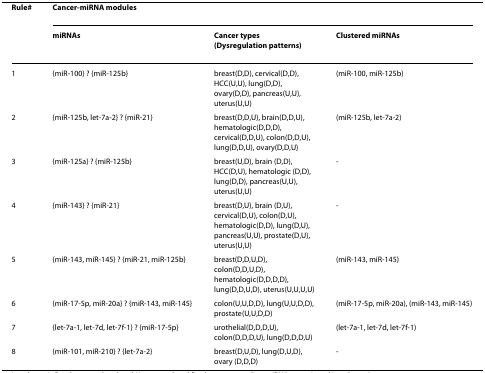
| Rule# | <COLSPAN=3> Cancer-miRNA modules |
 |  | miRNAs | Cancer types (Dysregulation patterns) | Clustered miRNAs |
 | --- | --- | --- | --- |
 | 1 | {miR-100} → {miR-125b} | breast(D,D), cervical(D,D), HCC(U,U), lung(D,D), ovary(D,D), pancreas(U,U), uterus(U,U) | (miR-100, miR-125b) |
 | 2 | {miR-125b, let-7a-2} → {miR-21} | breast(D,D,U), brain(D,D,U), hematologic(D,D,D), cervical(D,D,U), colon(D,D,U), lung(D,D,U), ovary(D,D,U) | (miR-125b, let-7a-2) |
 | 3 | {miR-125a} → {miR-125b} | breast(U,D), brain (D,D), HCC(D,U), hematologic (D,D), lung(D,D), pancreas(U,U), uterus(U,U) | - |
 | 4 | {miR-143} → {miR-21} | breast(D,U), brain (D,U), cervical(D,U), colon(D,U), hematologic(D,D), lung(D,U), pancreas(U,U), prostate(D,U), uterus(U,U) | - |
 | 5 | {miR-143, miR-145} → {miR-21, miR-125b} | breast(D,D,U,D), colon(D,D,U,D), hematologic(D,D,D,D), lung(D,D,U,D), uterus(U,U,U,U) | (miR-143, miR-145) |
 | 6 | {miR-17-5p, miR-20a} → {miR-143, miR-145} | colon(U,U,D,D), lung(U,U,D,D), prostate(U,U,D,D) | (miR-17-5p, miR-20a), (miR-143, miR-145) |
 | 7 | {let-7a-1, let-7d, let-7f-1} → {miR-17-5p} | urothelial(D,D,D,U), colon(D,D,D,U), lung(D,D,D,U) | (let-7a-1, let-7d, let-7f-1) |
 | 8 | {miR-101, miR-210} → {let-7a-2} | breast(D,U,D), lung(D,U,D), ovary (D,D,D) | - |